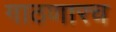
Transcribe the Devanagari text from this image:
गाठणारच